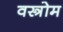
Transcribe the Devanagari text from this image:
वस्त्रोम